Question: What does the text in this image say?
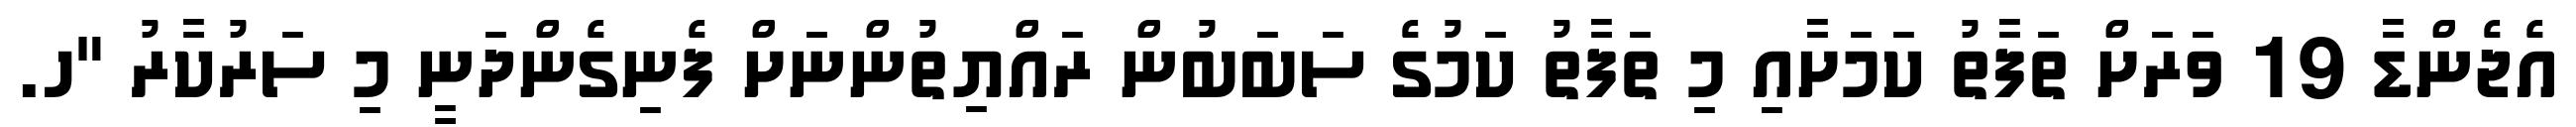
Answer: އެޖެންޑާ 19 ވަރަށް ތަފާތު ކަމަށާއި މި ތަފާތު ކަމުގެ ސަބަބުން ރައްޔިތުންނަށް ފެނިގެންދަނީ މި ސަރުކާރު "ހ.